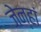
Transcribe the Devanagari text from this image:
जेन्हां